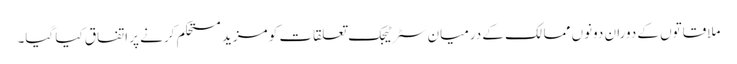
ملاقاتوں کے دوران دونوں ممالک کے درمیان سٹرٹیجک تعلقات کو مزید مستحکم کرنے پر اتفاق کیا گیا۔